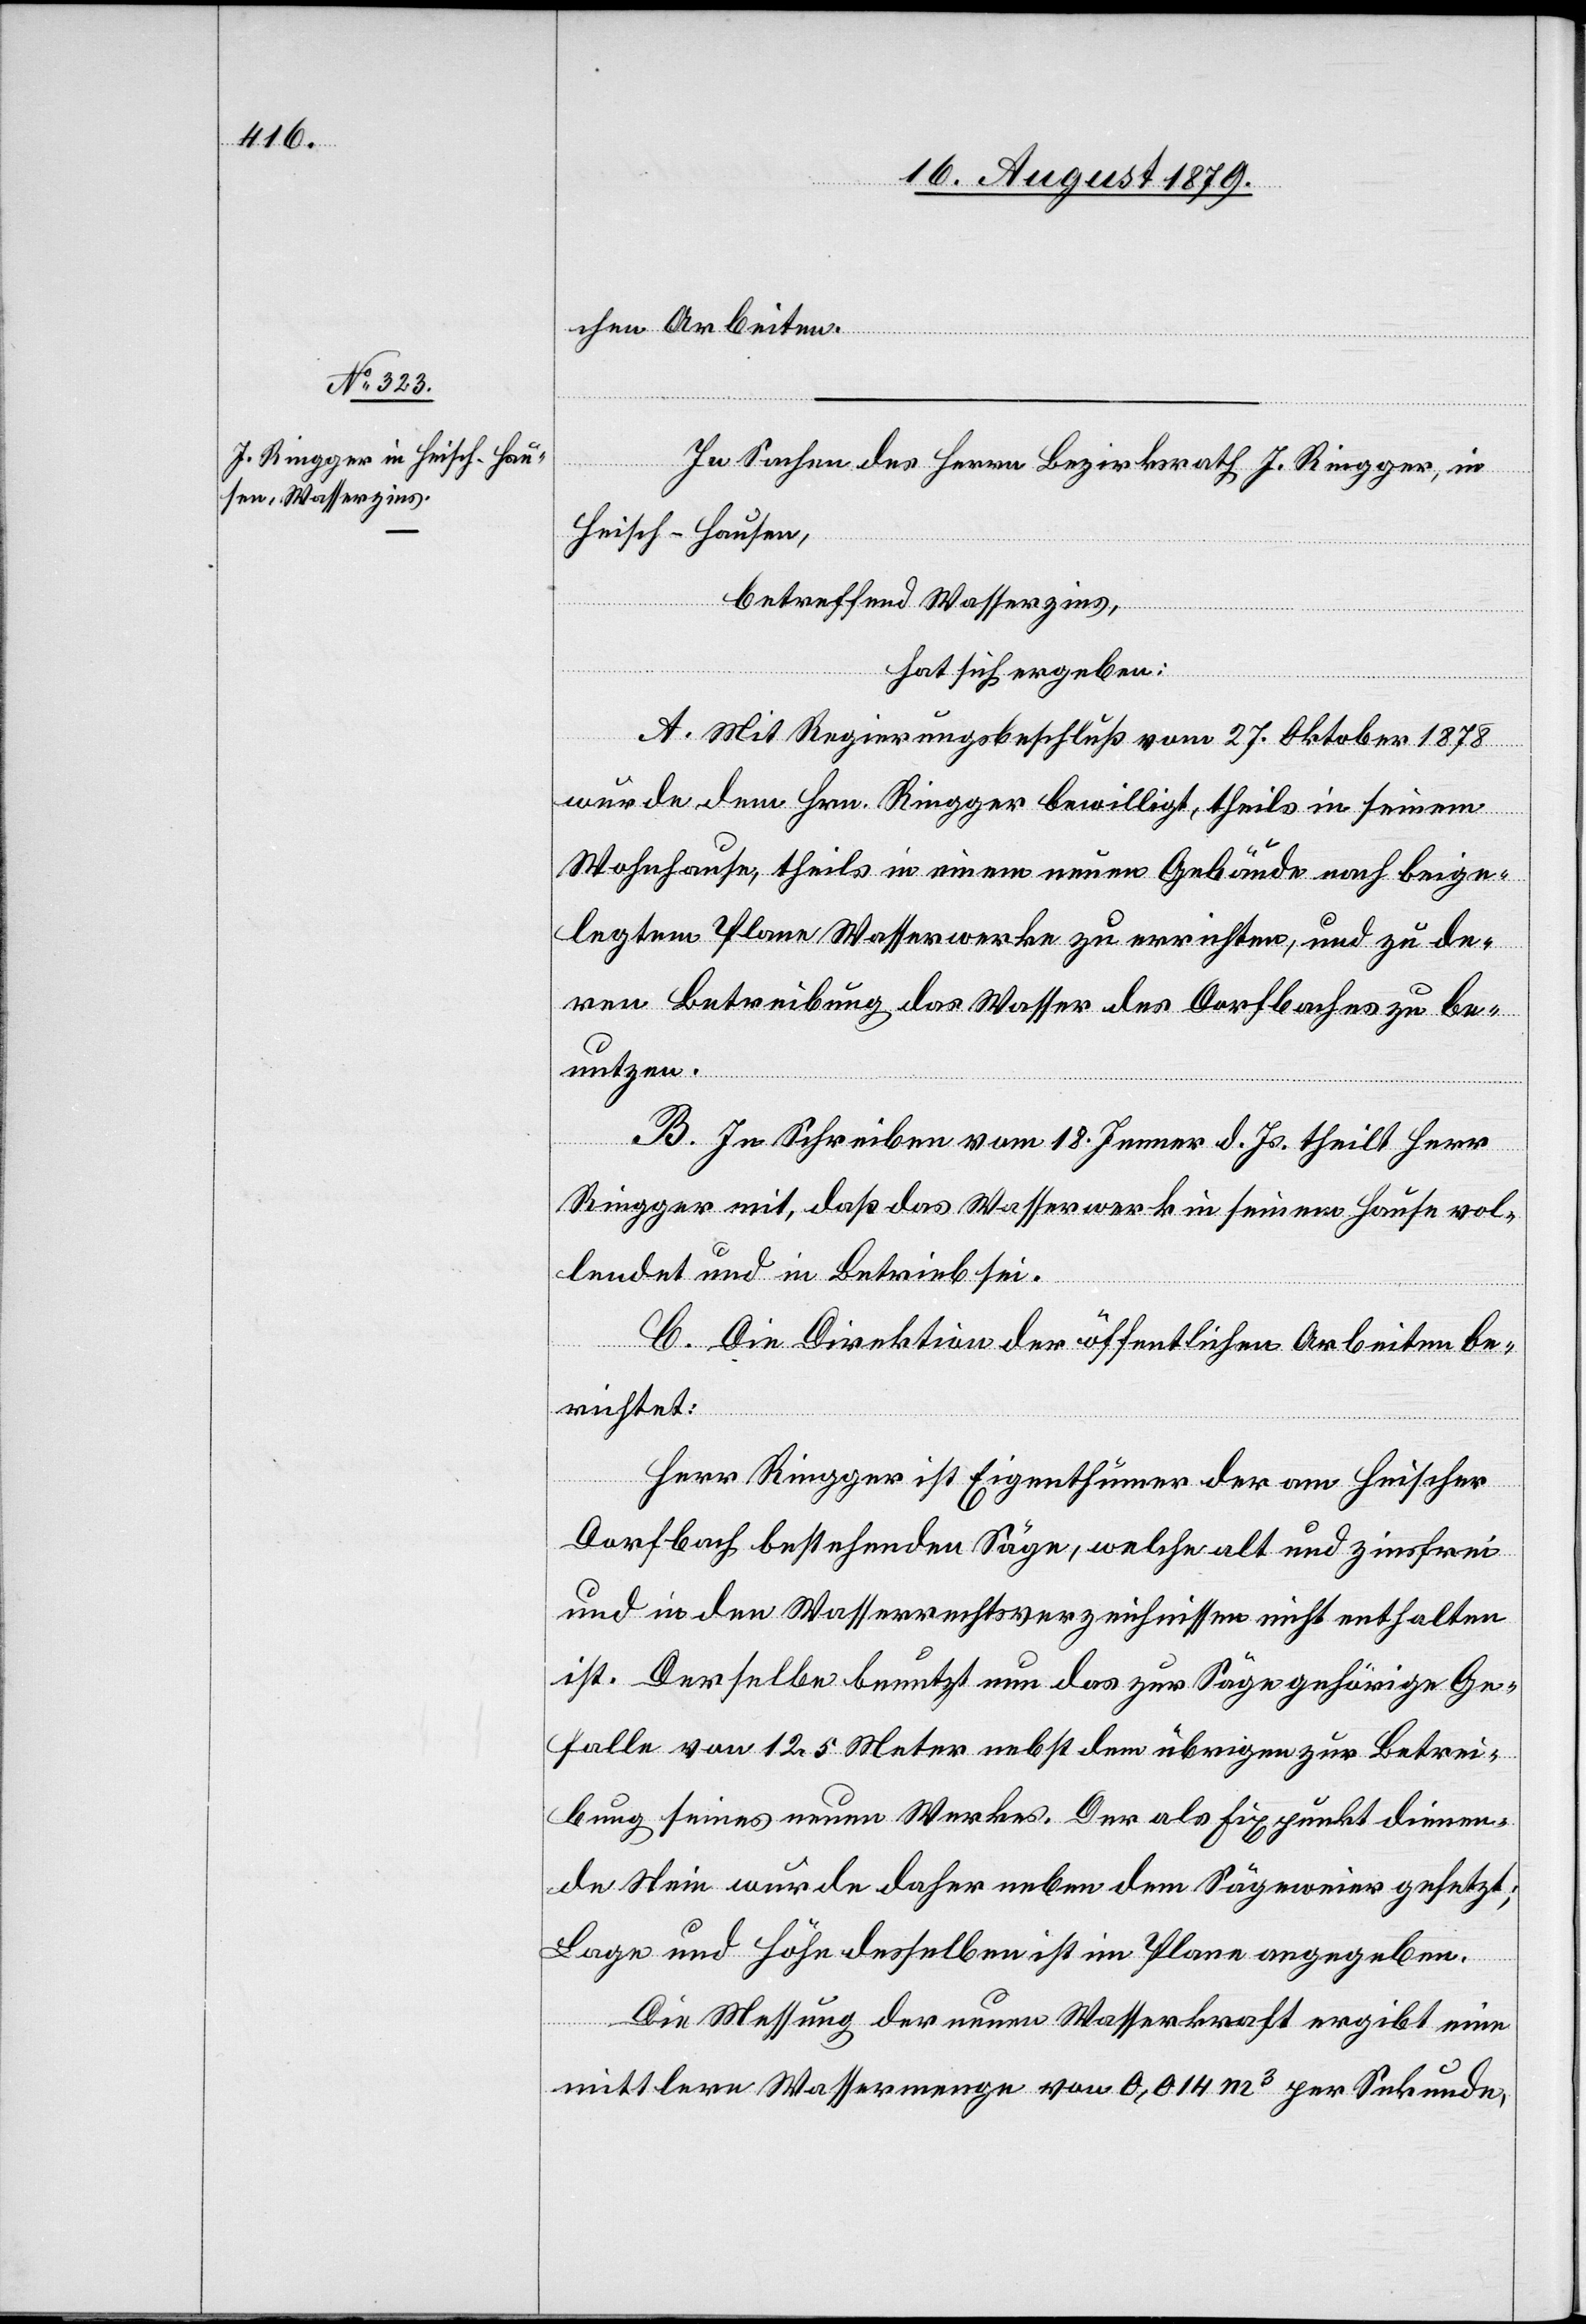
chen Arbeiten.
In Sachen des Herrn Bezirksrath J. Ringger, in
Heisch - Hausen,
betreffend Wasserzins,
hat sich ergeben:
A. Mit Regierungsbeschluß vom 27. Oktober 1878
wurde dem Hrn. Ringger bewilligt, theils in seinem
Wohnhause, theils in einem neuen Gebäude nach beige¬
legten Plane Wasserwerke zu errichten, und zu de¬
ren Betreibung das Wasser des Dorfbaches zu be¬
nutzen.
B. In Schreiben vom 18. Jenner d. Js. theilt Herr
Ringger mit, daß das Wasserwerk in seinem Hause vol¬
lendet und in Betrieb sei.
C. Die Direktion der öffentlichen Arbeiten be¬
richtet:
Herr Ringger ist Eigenthümer der am Heischer
Dorfbach bestehenden Säge, welche alt und zinsfrei
und in den Wasserrechtsverzeichnissen nicht enthalten
ist. Derselbe benutzt nun das zur Säge gehörige Ge¬
fälle von 12.5 Meter nebst dem übrigen zur Betrei¬
bung seines neuen Werkes. Der als Fixpunkt dienen¬
de Stein wurde daher neben dem Sägeweier gesetzt;
Lage und Höhe desselben ist im Plane angegeben.
Die Messung der neuen Wasserkraft ergibt eine
mittlere Wassermenge von 0,014 m3 per Sekunde,